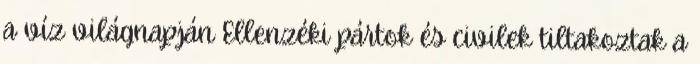
a víz világnapján Ellenzéki pártok és civilek tiltakoztak a